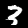
Label: 3